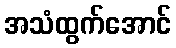
အသံထွက်အောင်